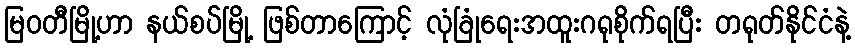
မြဝတီမြို့ဟာ နယ်စပ်မြို့ ဖြစ်တာကြောင့် လုံခြုံရေးအထူးဂရုစိုက်ရပြီး တရုတ်နိုင်ငံနဲ့